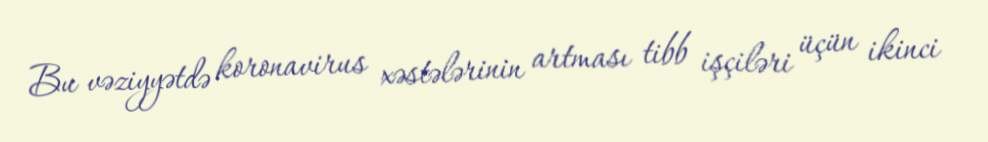
Bu vəziyyətdə koronavirus xəstələrinin artması tibb işçiləri üçün ikinci